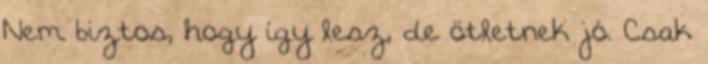
Nem biztos, hogy így lesz, de ötletnek jó. Csak